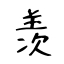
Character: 羡